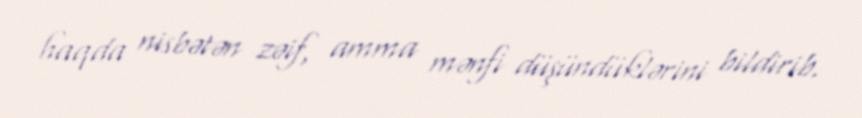
haqda nisbətən zəif, amma mənfi düşündüklərini bildirib.